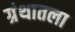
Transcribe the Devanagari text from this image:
ग्रंथातला